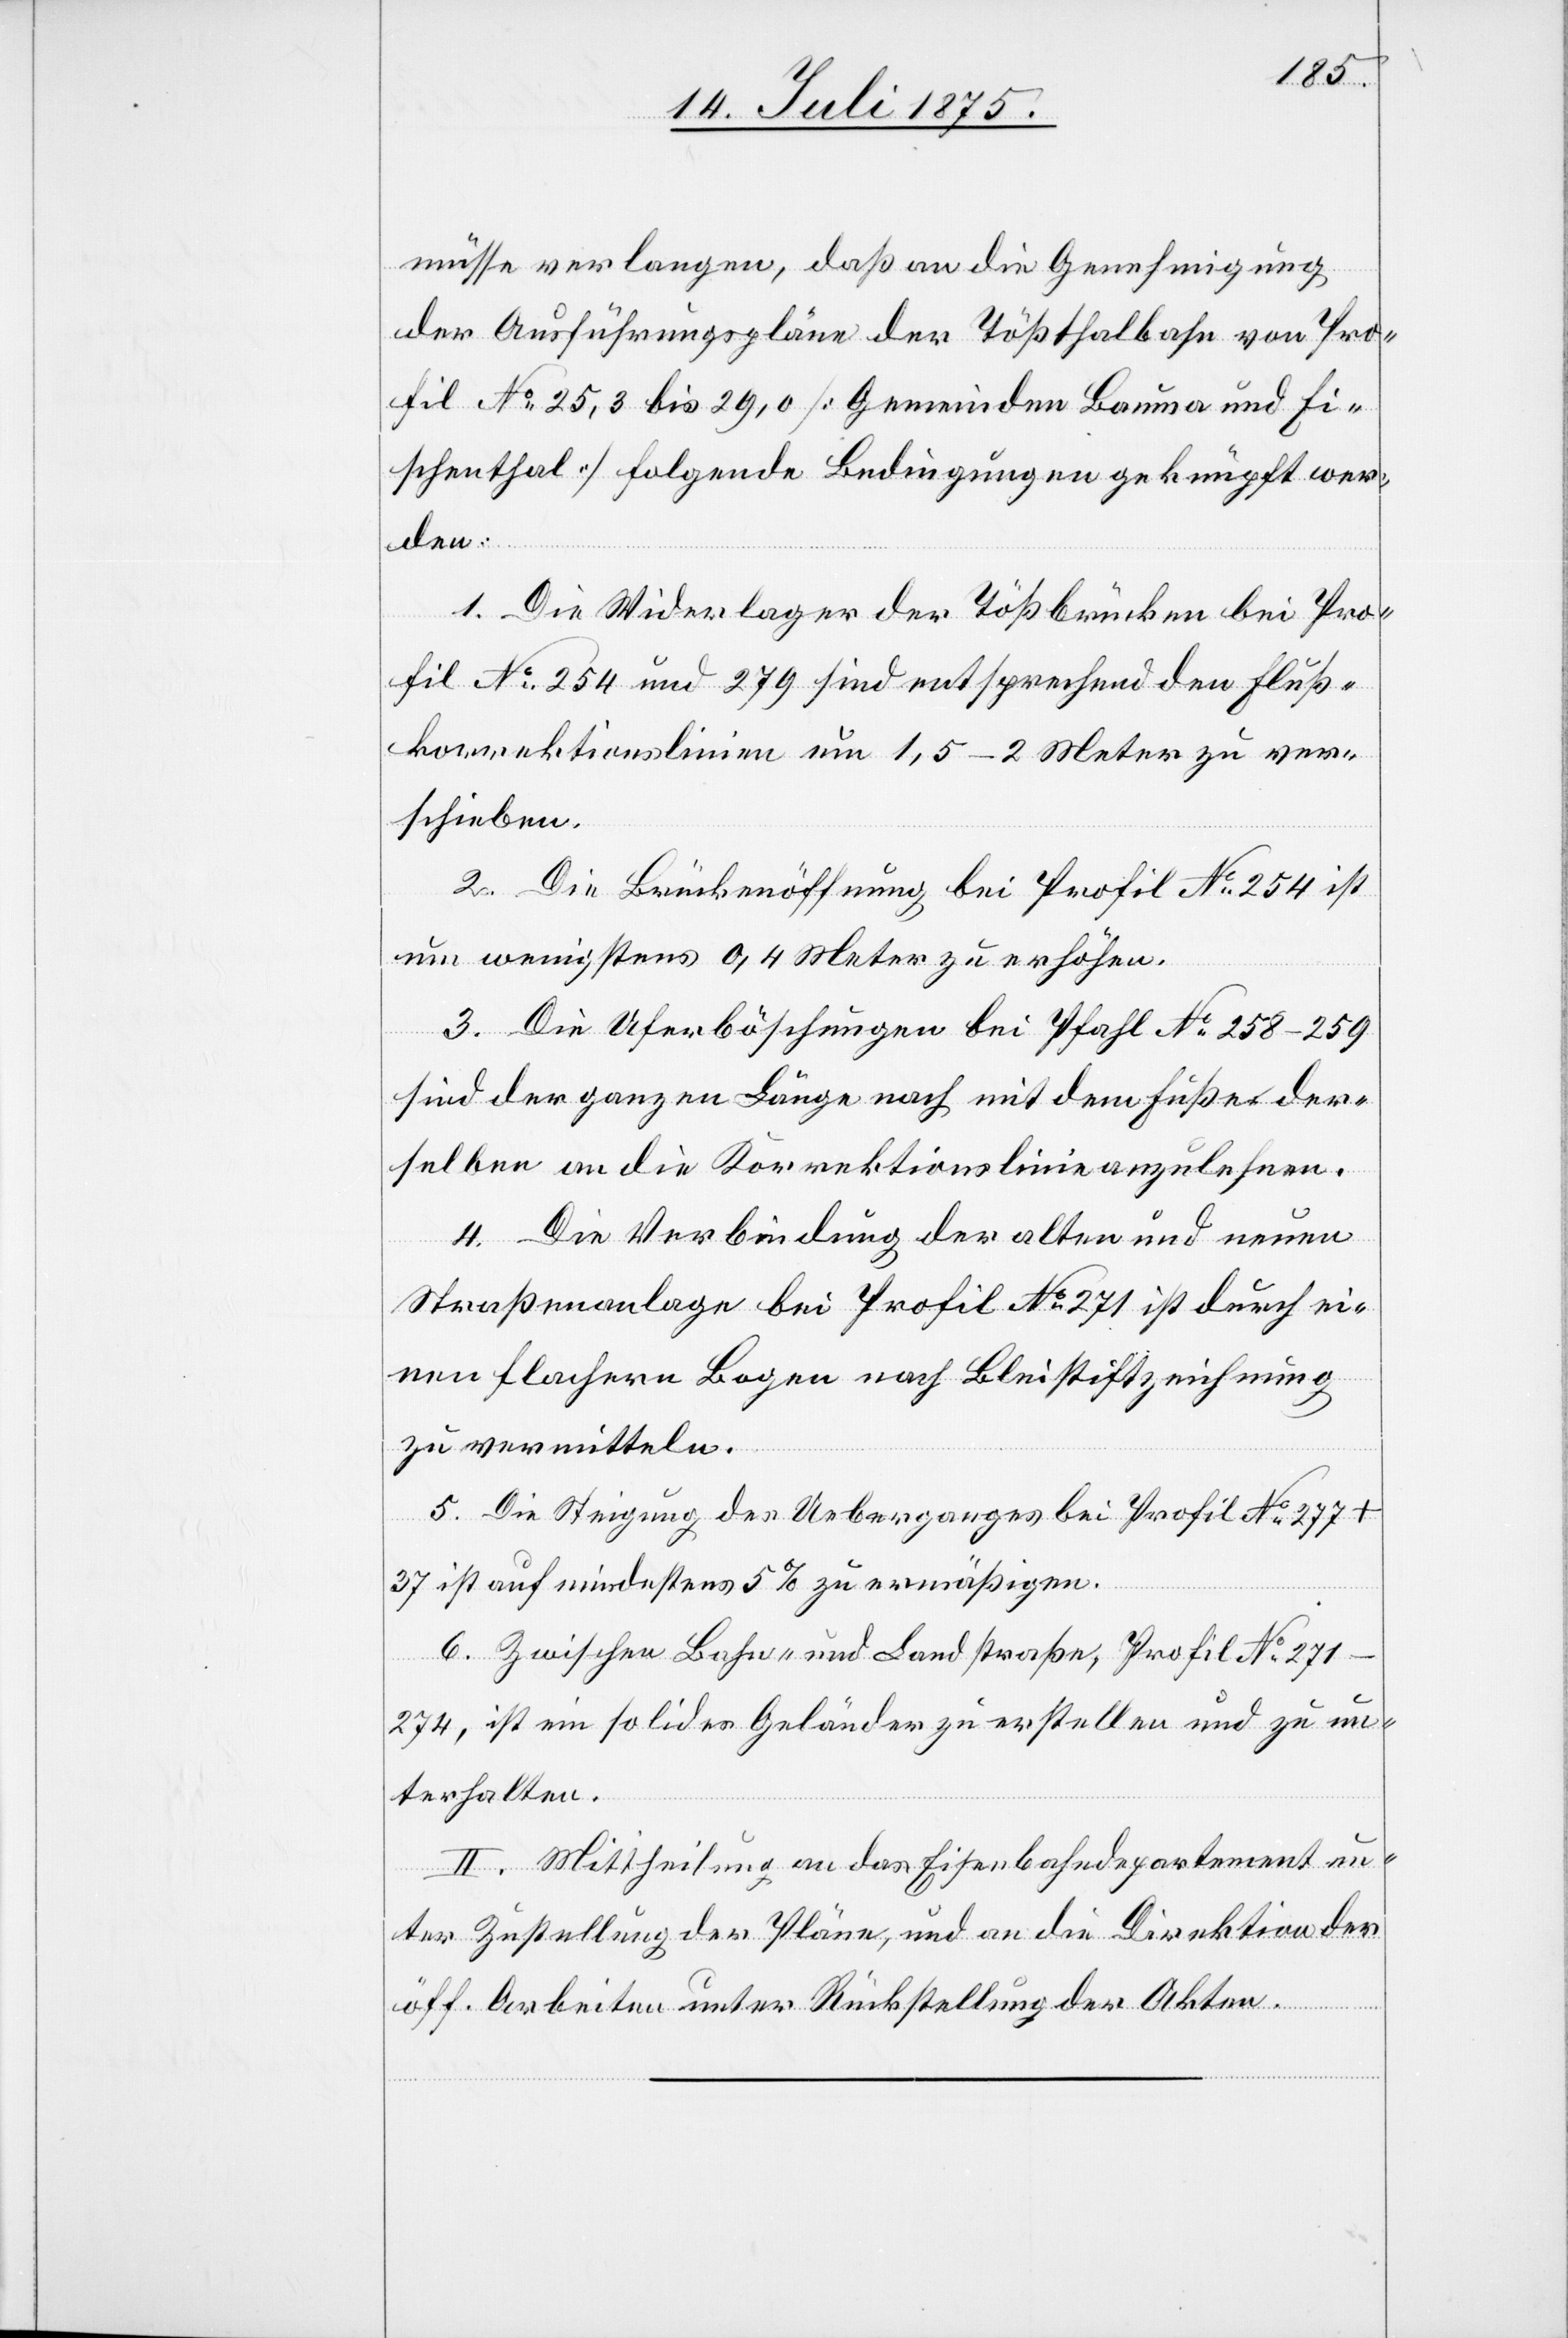
müsse verlangen, daß an die Genehmigung
der Ausführungslinie der Tößthalbahn von Pro¬
fil No 25,3 bis 29,0 [Gemeinden Bauma und Fi¬
schenthal] folgende Bedingungen geknüpft wer¬
den:
1. Die Widerlager der Tößbrücken bei Pro¬
fil No 254 und 279 sind entsprechend den Fluß¬
korrektionslinien um 1,5–2 Meter zu ver¬
schieben.
2. Die Brückenöffnung bei Profil No 254 ist
um wenigstens 0,4 Meter zu erhöhen.
3. Die Uferböschungen bei Pfahl No 258–259
sind der ganzen Länge nach mit dem Fuße der¬
selben an die Korrektionslinie anzulehnen.
4. Die Verbindung der alten und neuen
Straßenanlage bei Profil No 271 ist durch ei¬
nen flachern Bogen nach Bleistiftzeichnung
zu vermitteln.
5. Die Steigung des Ueberganges bei Profil No 277+37
ist auf mindestens 5% zu ermäßigen.
6. Zwischen Bahn- und Landstraße, Profil No
271–274, ist ein solides Geländer zu erstellen und zu un¬
terhalten.
II. Mittheilung an das Eisenbahndepartement un¬
ter Zustellung der Pläne, und an die Direktion der
öff. Arbeiten unter Rückstellung der Akten.